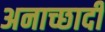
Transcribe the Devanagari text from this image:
अनाच्छादी